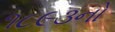
૧૮૯૩નો